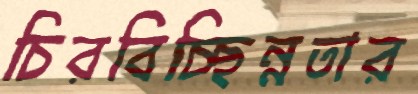
চিরবিচ্ছিন্নতার